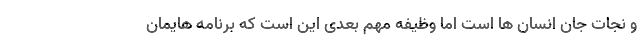
و نجات جان انسان ها است اما وظیفه مهم بعدی این است که برنامه هایمان